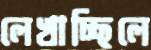
লেখাচ্ছিলে